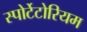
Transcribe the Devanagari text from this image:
स्पोर्टेटोरियम